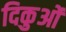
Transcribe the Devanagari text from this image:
दिकुओं